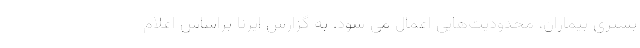
بستری بیماران، محدودیت‌هایی اعمال می شود. به گزارش ایرنا براساس اعلام